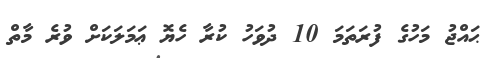
ޙައްޖު މަހުގެ ފުރަތަމަ 10 ދުވަހު ކުރާ ހެޔޮ ޢަމަލަކަށް ވުރެ މާތް